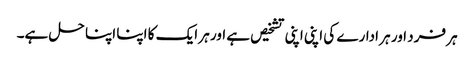
ہر فرد اور ہر ادارے کی اپنی اپنی تشخیص ہے اور ہر ایک کا اپنا اپنا حل ہے۔